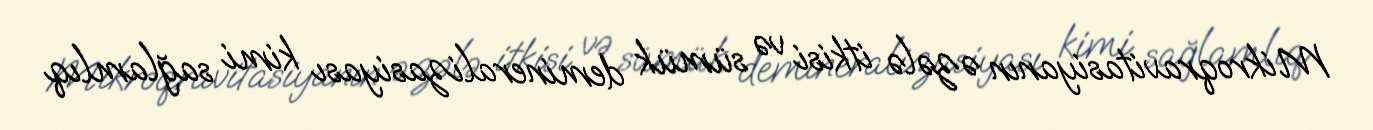
Mikroqravitasiyanın əzələ itkisi və sümük demineralizasiyası kimi sağlamlıq